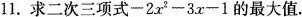
11.求二次三项式$$-2x^{2}-3x-1$$的最大值。